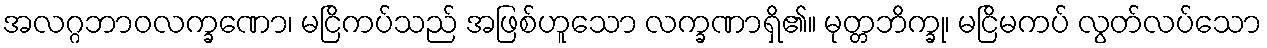
အလဂ္ဂဘာဝလက္ခဏော၊ မငြိကပ်သည် အဖြစ်ဟူသော လက္ခဏာရှိ၏။ မုတ္တဘိက္ခု၊ မငြိမကပ် လွတ်လပ်သော